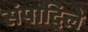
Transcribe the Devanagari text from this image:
संपादिले